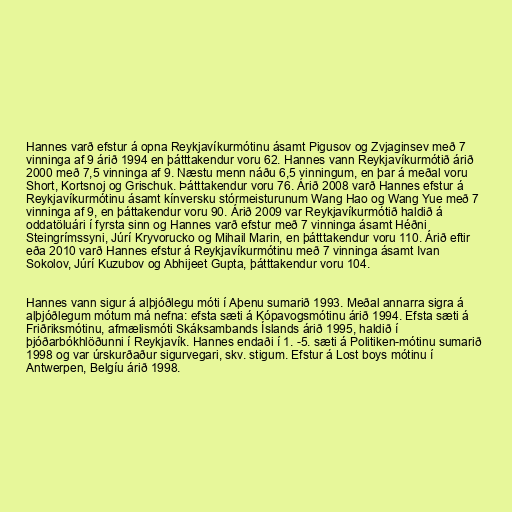
Hannes varð efstur á opna Reykjavíkurmótinu ásamt Pigusov og Zvjaginsev með 7
vinninga af 9 árið 1994 en þátttakendur voru 62. Hannes vann Reykjavíkurmótið árið
2000 með 7,5 vinninga af 9. Næstu menn náðu 6,5 vinningum, en þar á meðal voru
Short, Kortsnoj og Grischuk. Þátttakendur voru 76. Árið 2008 varð Hannes efstur á
Reykjavíkurmótinu ásamt kínversku stórmeisturunum Wang Hao og Wang Yue með 7
vinninga af 9, en þáttakendur voru 90. Árið 2009 var Reykjavíkurmótið haldið á
oddatöluári í fyrsta sinn og Hannes varð efstur með 7 vinninga ásamt Héðni
Steingrímssyni, Júrí Kryvorucko og Mihail Marin, en þátttakendur voru 110. Árið eftir
eða 2010 varð Hannes efstur á Reykjavíkurmótinu með 7 vinninga ásamt Ivan
Sokolov, Júrí Kuzubov og Abhijeet Gupta, þátttakendur voru 104.

Hannes vann sigur á alþjóðlegu móti í Aþenu sumarið 1993. Meðal annarra sigra á
alþjóðlegum mótum má nefna: efsta sæti á Kópavogsmótinu árið 1994. Efsta sæti á
Friðriksmótinu, afmælismóti Skáksambands Íslands árið 1995, haldið í
þjóðarbókhlöðunni í Reykjavík. Hannes endaði í 1. -5. sæti á Politiken-mótinu sumarið
1998 og var úrskurðaður sigurvegari, skv. stigum. Efstur á Lost boys mótinu í
Antwerpen, Belgíu árið 1998.